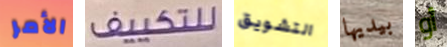
الأمر للتكييف التشويق بيديها أو